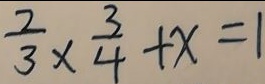
\frac { 2 } { 3 } \times \frac { 3 } { 4 } + x = 1